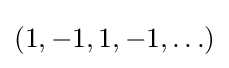
(1,-1,1,-1,\ldots )